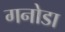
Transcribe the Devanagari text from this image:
गनोडा